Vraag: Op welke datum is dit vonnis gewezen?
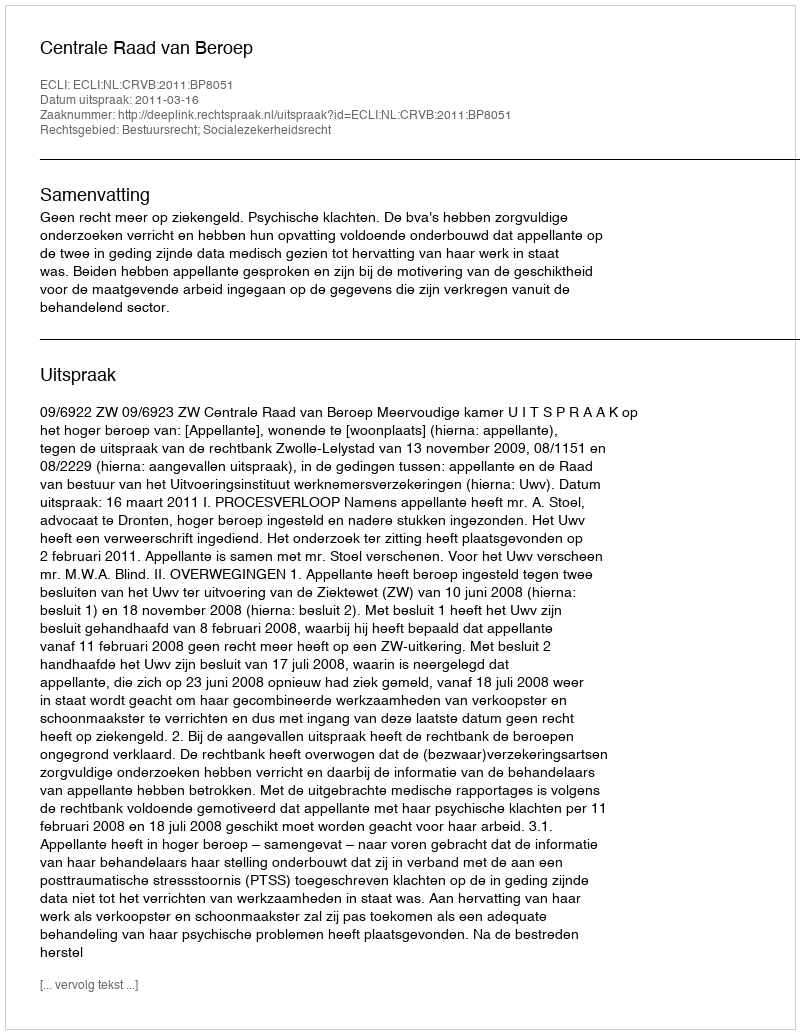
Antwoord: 2011-03-16